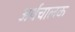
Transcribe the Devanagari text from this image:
अर्थचालक